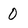
Character: 0